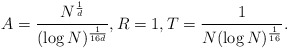
\begin{align*}A = \frac{N^{\frac 1 d}}{(\log N )^{\frac 1{16d}}}, R = 1, T = \frac 1{N (\log N)^{\frac 1{16}}} .\end{align*}